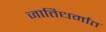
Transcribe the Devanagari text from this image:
जातिधर्मात